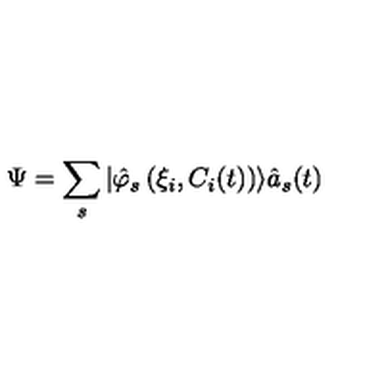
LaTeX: \Psi = \sum _ { s } | \hat { \varphi } _ { s } \left( \xi _ { i } , C _ { i } ( t ) \right) \rangle \hat { a } _ { s } ( t )